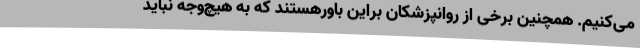
می‌کنیم. همچنین برخی از روانپزشکان براین باورهستند که به هیچ‌وجه نباید